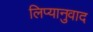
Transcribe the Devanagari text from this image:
लिप्यानुवाद